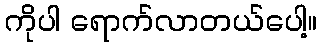
ကိုပါ ရောက်လာတယ်ပေါ့။